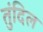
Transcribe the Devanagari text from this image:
तुंदिल